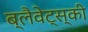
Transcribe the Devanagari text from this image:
ब्लैवेट्स्की